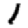
Digit: 1